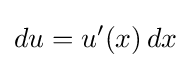
du=u'(x)\,dx